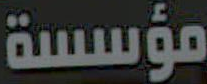
مؤسسة